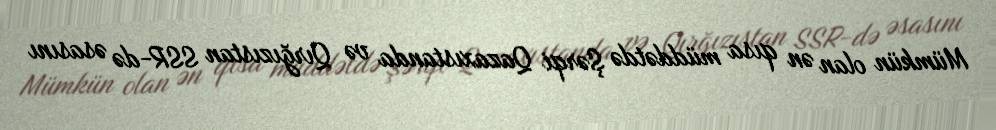
Mümkün olan ən qısa müddətdə Şərqi Qazaxıstanda və Qırğızıstan SSR-də əsasını